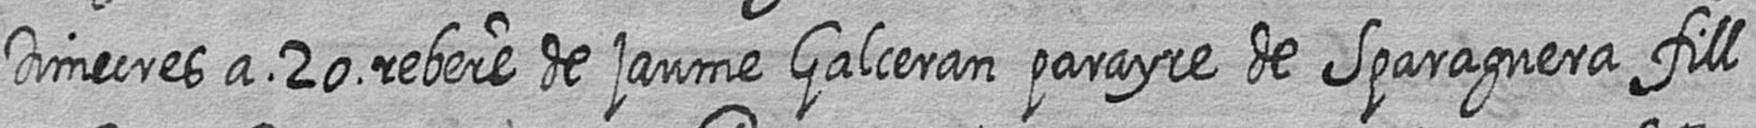
Dimecres a 20 rebere de jaume Galceran parayre de Sparaguera fill